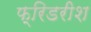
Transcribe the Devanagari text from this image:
फ्रिडरीश